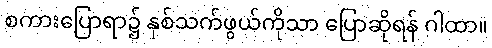
စကားပြောရာ၌ နှစ်သက်ဖွယ်ကိုသာ ပြောဆိုရန် ဂါထာ။